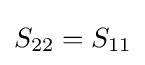
S_{22}=S_{11}